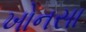
ખોનસા